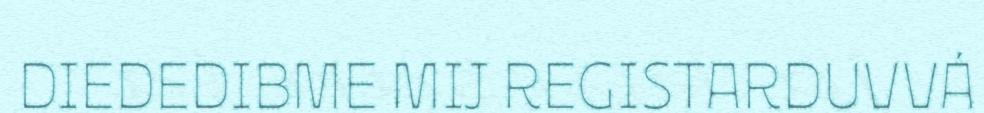
DIEDEDIBME MIJ REGISTARDUVVÁ